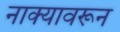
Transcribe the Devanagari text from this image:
नाक्यावरून